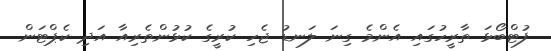
ފުޓްބޯޅަ ތާރީހުގައި އެންމެ ގިނަ ލަނޑު ޖެހި ކުރީގެ ކުޅުންތެރިއާ އަދި ކެޕްޓަން